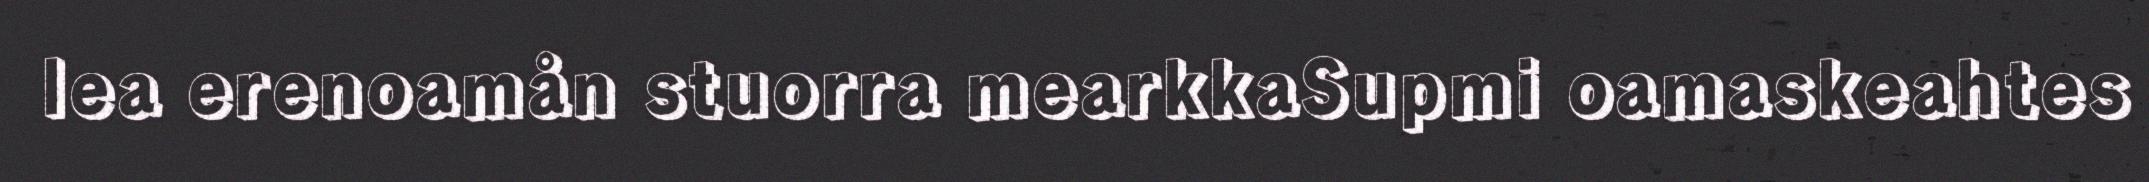
lea erenoamån stuorra mearkkaSupmi oamaskeahtes